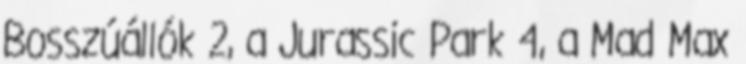
Bosszúállók 2, a Jurassic Park 4, a Mad Max